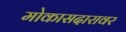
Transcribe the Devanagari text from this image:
मोकासदारावर